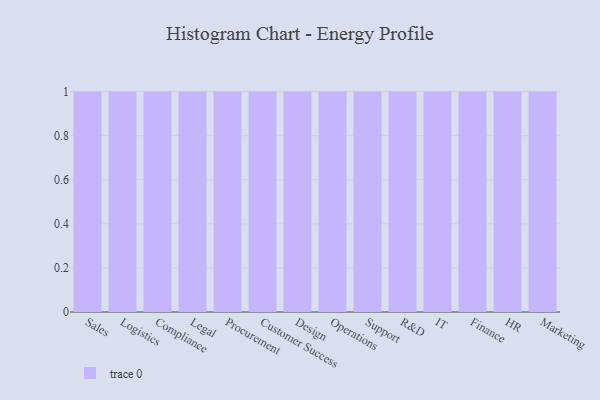
{"axis": {"x": "Department", "y": "Conversion Rate (%)"}, "legend": [""], "data": [{"x": "Sales", "y": 78, "type": ""}, {"x": "Logistics", "y": 84, "type": ""}, {"x": "Compliance", "y": 67, "type": ""}, {"x": "Legal", "y": 53, "type": ""}, {"x": "Procurement", "y": 55, "type": ""}, {"x": "Customer Success", "y": 18, "type": ""}, {"x": "Design", "y": 71, "type": ""}, {"x": "Operations", "y": 54, "type": ""}, {"x": "Support", "y": 98, "type": ""}, {"x": "R&D", "y": 95, "type": ""}, {"x": "IT", "y": 18, "type": ""}, {"x": "Finance", "y": 67, "type": ""}, {"x": "HR", "y": 40, "type": ""}, {"x": "Marketing", "y": 22, "type": ""}]}